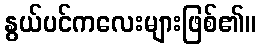
နွယ်ပင်ကလေးများဖြစ်၏။